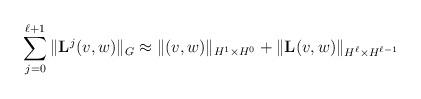
LaTeX: \begin{align*}\sum_{j=0}^{\ell+1} \Vert \mathbf{L}^j (v,w) \Vert_{G}\approx \Vert (v,w) \Vert_{H^1\times H^0}+\Vert \mathbf{L}(v,w) \Vert_{H^\ell\times H^{\ell-1}}\end{align*}